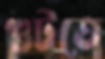
গুটতে